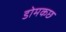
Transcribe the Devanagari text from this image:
डोमकछ